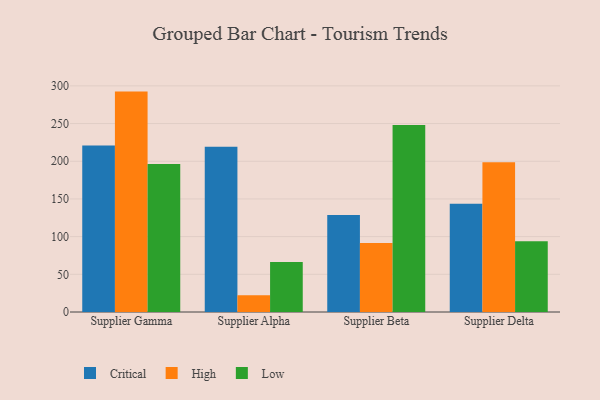
{"axis": {"x": "Supplier", "y": "Production Output"}, "legend": ["Critical", "High", "Low"], "data": [{"x": "Supplier Gamma", "y": 220.8, "type": "Critical"}, {"x": "Supplier Gamma", "y": 292.4, "type": "High"}, {"x": "Supplier Gamma", "y": 196.3, "type": "Low"}, {"x": "Supplier Alpha", "y": 219.3, "type": "Critical"}, {"x": "Supplier Alpha", "y": 22.3, "type": "High"}, {"x": "Supplier Alpha", "y": 66.4, "type": "Low"}, {"x": "Supplier Beta", "y": 128.7, "type": "Critical"}, {"x": "Supplier Beta", "y": 91.4, "type": "High"}, {"x": "Supplier Beta", "y": 248.0, "type": "Low"}, {"x": "Supplier Delta", "y": 143.5, "type": "Critical"}, {"x": "Supplier Delta", "y": 198.7, "type": "High"}, {"x": "Supplier Delta", "y": 94.0, "type": "Low"}]}